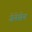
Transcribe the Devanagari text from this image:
जेनेसेन